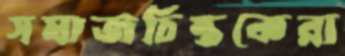
সমাজচিন্তকেরা